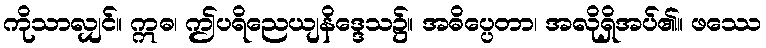
ကိုသာလျှင်။ ဣဓ၊ ဤပရိညေယျနိဒ္ဒေသ၌။ အဓိပ္ပေတာ၊ အလိုရှိအပ်၏။ ဖဿေ